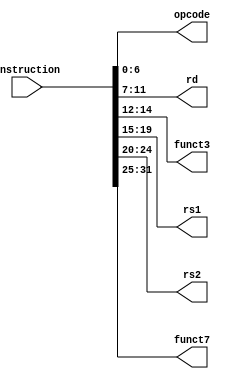
module InsParser

(
input [31:0] instruction,
output reg [6:0] opcode,
output reg [4:0] rd,
output reg [2:0] funct3,
output reg [4:0] rs1,
output reg [4:0] rs2,
output reg [6:0] funct7
);
always@*
	begin
		opcode <= instruction [6:0] ;
		rd <= instruction [11:7] ;
		funct3 <= instruction [14:12] ;
		rs1 <= instruction [19:15] ;
		rs2 <= instruction [24:20] ;
		funct7 <= instruction [31:25] ;
	end


endmodule